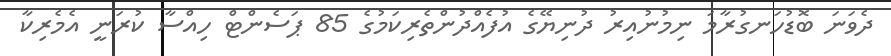
ދެވަނަ ބޮޑުހަނގުރާމަ ނިމުނުއިރު ދުނިޔޭގެ އުފެއްދުންތެރިކަމުގެ 85 ޕަސެންޓް ހިއްސާ ކުރަނީ އެމެރިކާ